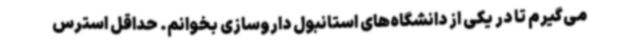
می‌گیرم تا در یکی از دانشگاه‌های استانبول داروسازی بخوانم. حداقل استرس